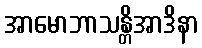
အာမောဘာသန္တိအာဒိနာ